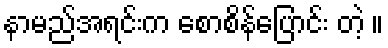
နာမည်အရင်းက စောစိန်ပြောင်း တဲ့ ။